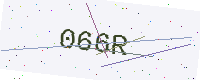
Text: 066R